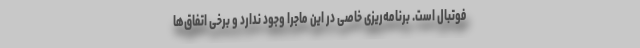
فوتبال است. برنامه‌ریزی خاصی در این ماجرا وجود ندارد و برخی اتفاق‌ها